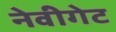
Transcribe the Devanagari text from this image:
नेवीगेट